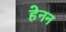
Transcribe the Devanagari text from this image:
हेनन